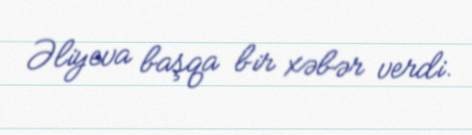
Əliyeva başqa bir xəbər verdi.